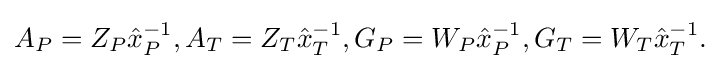
{\begin{aligned}A_{P}=Z_{P}{\hat {x}}_{P}^{-1},A_{T}=Z_{T}{\hat {x}}_{T}^{-1},G_{P}=W_{P}{\hat {x}}_{P}^{-1},G_{T}=W_{T}{\hat {x}}_{T}^{-1}.\end{aligned}}